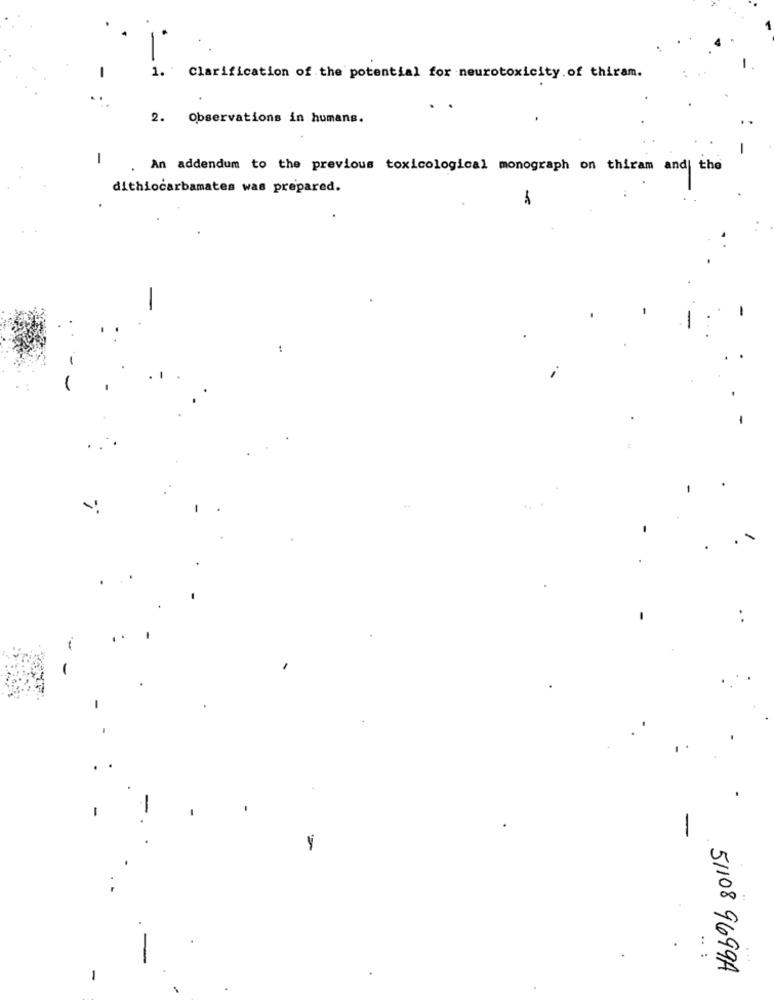
-
1. Clarification of the potential for neurotoxicity.of thiram.
2. Observations in humans.
-
An addendum to the previous toxicological monograph on thiram and| the
dithiocarbamates was prepared.
51108 9699A